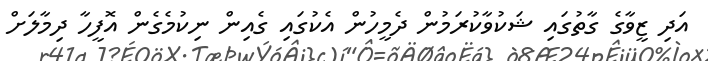
އަދި ޒީވާގެ ގާތުގައި ޝަކުވާކުރަމުން ދެމީހުން އެކުގައި ގެއިން ނިކުމެގެން އޮފީހާ ދިމާލަށް